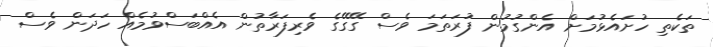
ތަކެތި ހުށައެޅުމަށް އެންގުމުން ފުރަތަމަ ވެސް ގޭގޭގެ ވެރިފަރާތުން އެއްބަސްވުމެއް ހަދަން ވެސް